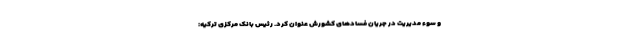
و سوء مدیریت در جریان فسادهای کشورش عنوان کرد. رئیس بانک مرکزی ترکیه: